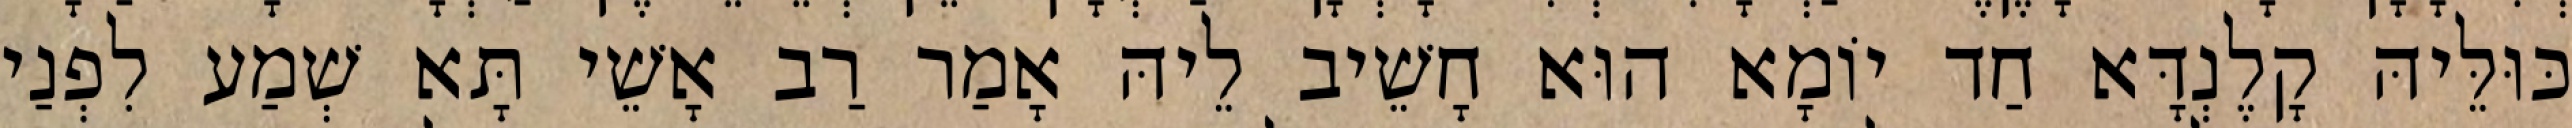
כּוּלֵּיהּ קָלֶנְדָּא חַד יוֹמָא הוּא חָשֵׁיב לֵיהּ אָמַר רַב אָשֵׁי תָּא שְׁמַע לִפְנַי